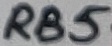
Text: RB5